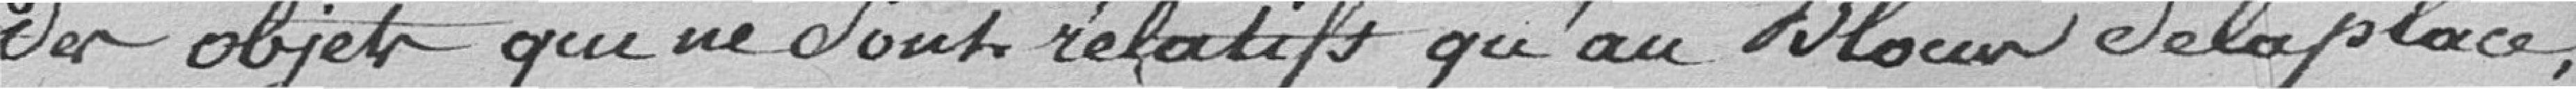
des objets qui ne sont relatifs qu'au blocus de la place ;